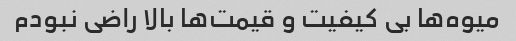
میوه‌ها بی کیفیت و قیمت‌ها بالا راضی نبودم